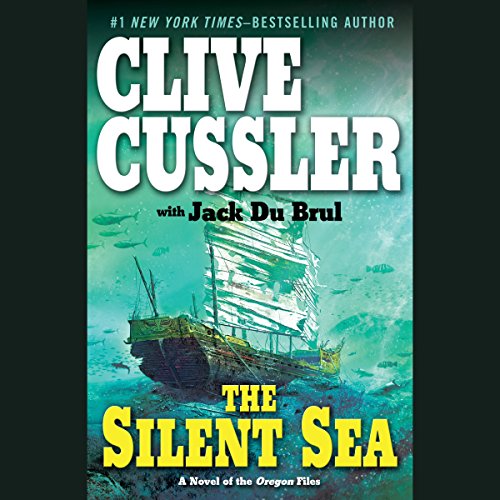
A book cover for The Silent Sea: A Novel of the Oregon Files; Clive Cussler; Literature & Fiction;